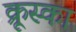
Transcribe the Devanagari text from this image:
क्रूस्का